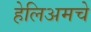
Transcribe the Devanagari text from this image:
हेलिअमचे